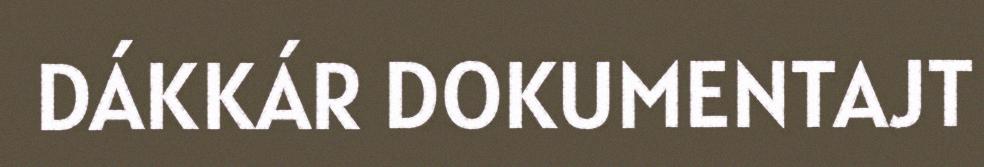
DÁKKÁR DOKUMENTAJT